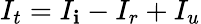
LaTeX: I_{t}=I_{\mathbf{i}}-I_{r}+I_{u}